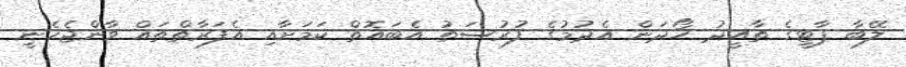
ލޭބާ ޕާޓީގެ ތާއީދު ހޯދަން އެދުުމުގެ ފުރުސަތު އެބައޮތް ކަމަށާއި އެފަރާތްތައް ވާންޖެހެނީ